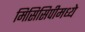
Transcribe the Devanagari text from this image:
मिसिसिपीमध्ये